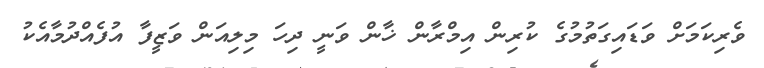
ވެރިކަމަށް ވަޑައިގަތުމުގެ ކުރިން އިމްރާން ޚާން ވަނީ ދިހަ މިލިއަން ވަޒީފާ އުފެއްދުމާއެކު